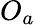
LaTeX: O_{a}